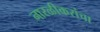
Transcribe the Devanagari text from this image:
नारळीकरांचा